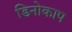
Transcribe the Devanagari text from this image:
डिनोकाप